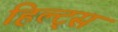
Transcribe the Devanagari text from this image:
हिल्ट्स